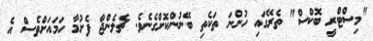
"މިސްޓްރީ ބޮކްސް" ތެރޭގައި ހުންނަ ތަކެތި ބޭނުންކޮށްގެނެވެ. ޗެލެންޖް ފެށުމާ ހަމައަށްވެސް އެ